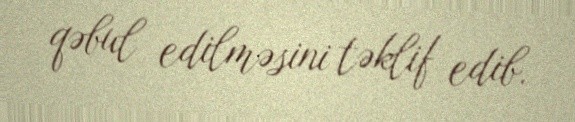
qəbul edilməsini təklif edib.